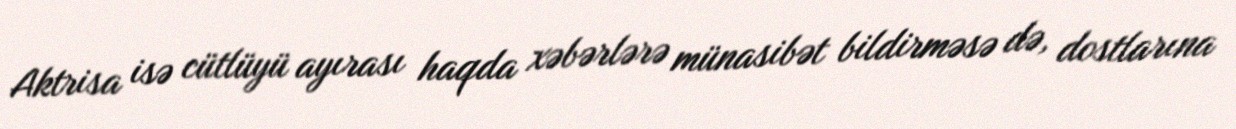
Aktrisa isə cütlüyü ayırası haqda xəbərlərə münasibət bildirməsə də, dostlarına